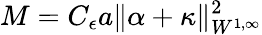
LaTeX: M=C_{\epsilon}a\| \alpha+\kappa\| _{W^{1,\infty}}^{2}